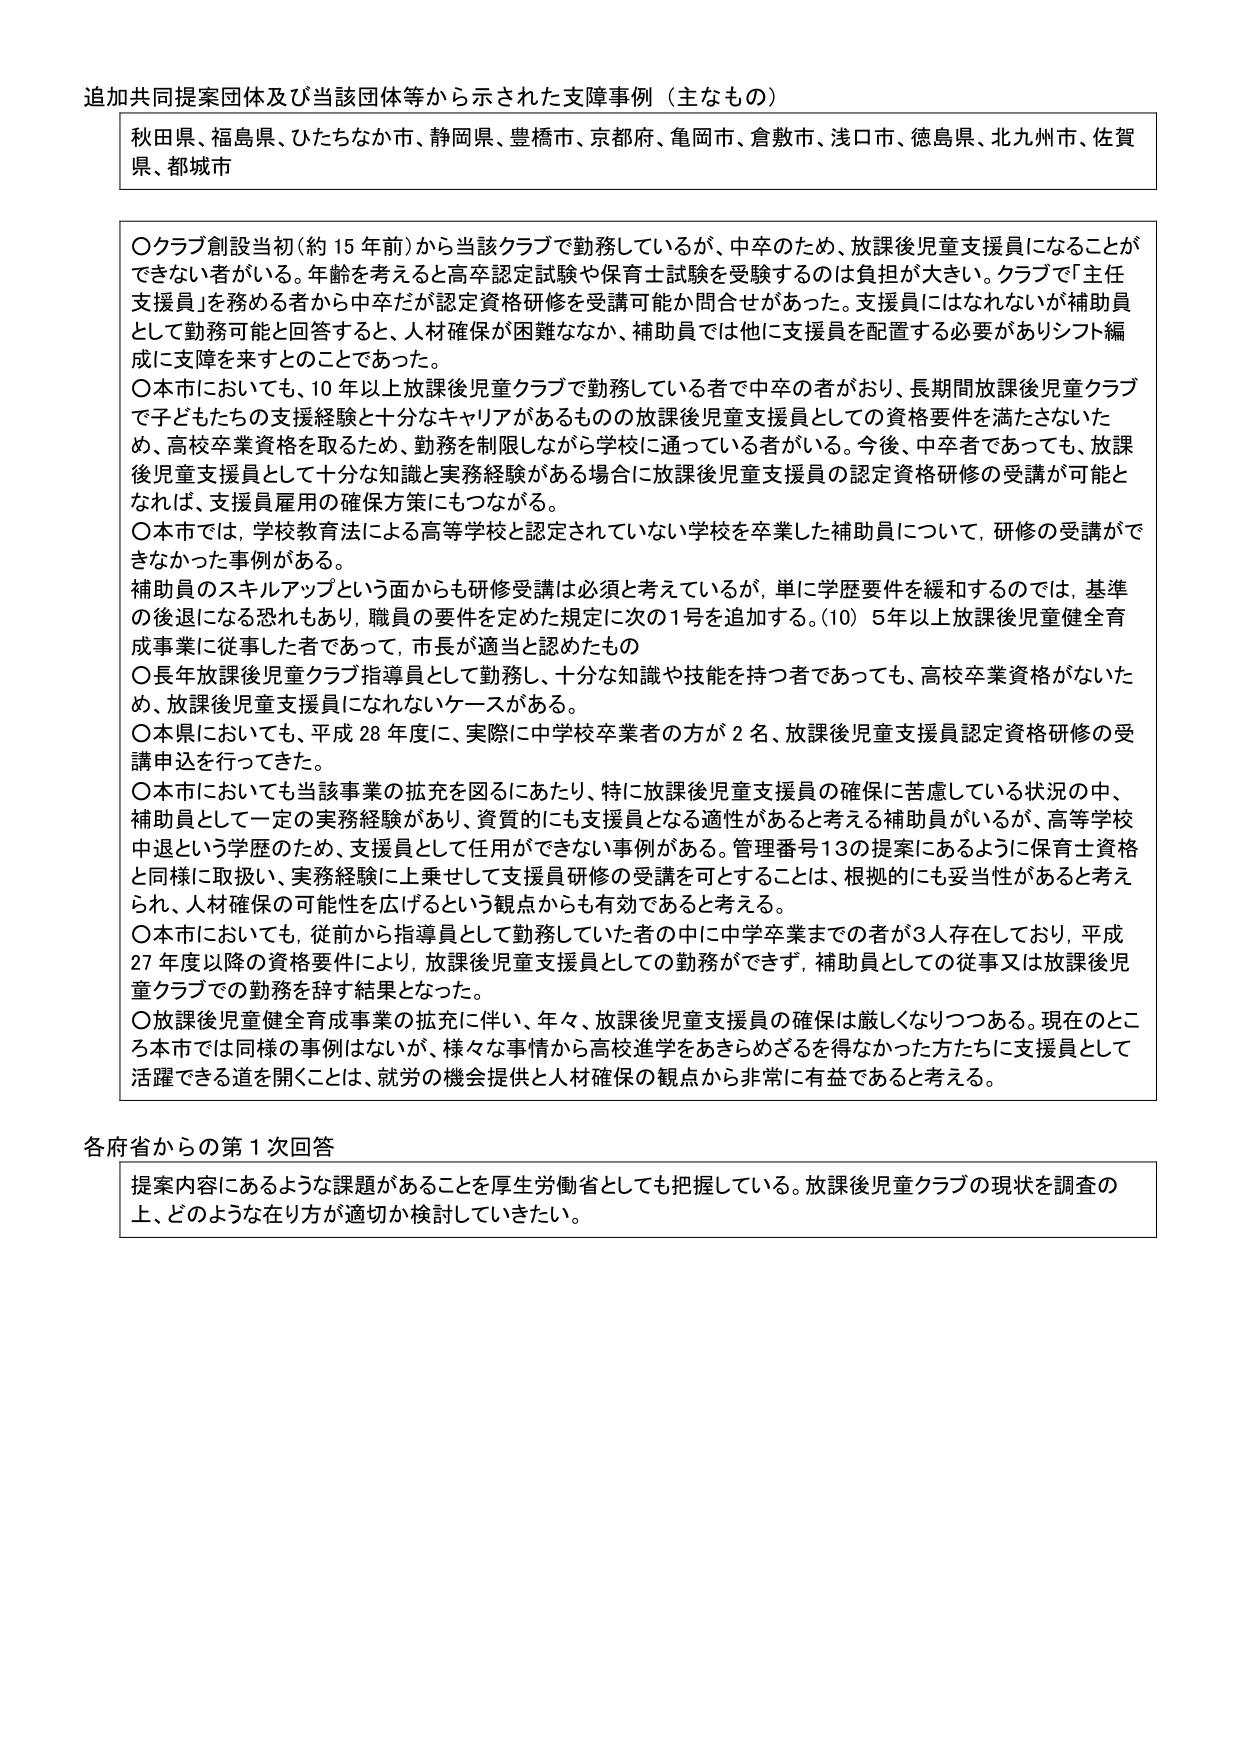
追加共同提案団体及び当該団体等から示された支障事例（主なもの）

秋田県、福島県、ひたちなか市、静岡県、豊橋市、京都府、亀岡市、倉敷市、浅口市、徳島県、北九州市、佐賀県、都城市

〇クラブ創設当初（約15年前）から当該クラブで勤務しているが、中卒のため、放課後児童支援員になることができない者がいる。年齢を考えると高卒認定試験や保育士試験を受験するのは負担が大きい。クラブで「主任支援員」を務める者から中卒だが認定資格研修を受講可能か問合せがあった。支援員にはなれないが補助員として勤務可能と回答すると、人材確保が困難ななか、補助員では他に支援員を配置する必要がありシフト編成に支障を来すとのことであった。

〇本市においても、10年以上放課後児童クラブで勤務している者で中卒の者がおり、長期間放課後児童クラブで子どもたちの支援経験と十分なキャリアがあるものの放課後児童支援員としての資格要件を満たさないため、高校卒業資格を取るとか、勤務を制限しながら学校に通っている者がいる。今後、中卒者であっても、放課後児童支援員として十分な知識と実務経験がある場合に放課後児童支援員の認定資格研修の受講が可能となれば、支援員雇用の確保方策にもつながる。

〇本市では、学校教育法による高等学校と認定されていない学校を卒業した補助員について、研修の受講ができなかった事例がある。

補助員のスキルアップという面からも研修受講は必須と考えているが、単に学歴要件を緩和するのでは、基準の後退になる恐れもあり、職員の要件を定めた規定に次の1号を追加する。（10）5年以上放課後児童健全育成事業に従事した者であって、市長が適当と認めたもの

〇長年放課後児童クラブ指導員として勤務し、十分な知識や技能を持つ者であっても、高校卒業資格がないため、放課後児童支援員になれないケースがある。

〇本県においても、平成28年度に、実際に中学校卒業者の方が2名、放課後児童支援員認定資格研修の受講申込を行ってきた。

〇本市においても当該事業の拡充を図るにあたり、特に放課後児童支援員の確保に苦慮している状況の中、補助員として一定の実務経験があり、資質的にも支援員となる適性があると考える補助員がいるが、高等学校中退という学歴のため、支援員として任用ができない事例がある。管理番号13の提案にあるように保育士資格と同様に取扱い、実務経験に上乗せして支援員研修の受講を可とすることは、根拠的にも妥当性があると考えられ、人材確保の可能性を広げるという観点からも有効であると考える。

〇本市においても、従前から指導員として勤務していた者の中に中学卒業までの者が3人存在しており、平成27年度以降の資格要件により、放課後児童支援員としての勤務ができず、補助員としての従事又は放課後児童クラブでの勤務を辞す結果となった。

〇放課後児童健全育成事業の拡充に伴い、年々、放課後児童支援員の確保は厳しくなりつつある。現在のところ本市では同様の事例はないが、様々な事情から高校進学をあきらめざるを得なかった方たちに支援員として活躍できる道を開くことは、就労の機会提供と人材確保の観点から非常に有益であると考える。

各府省からの第1次回答

提案内容にあるような課題があることを厚生労働省としても把握している。放課後児童クラブの現状を調査の上、どのような在り方が適切か検討していきたい。